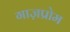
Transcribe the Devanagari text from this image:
गाज़प्रोम